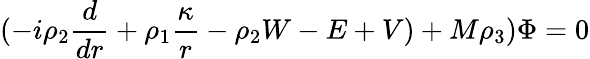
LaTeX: (-i\rho_{2}{\frac{d}{dr}}+\rho_{1}{\frac{\kappa}{r}}-\rho_{2}W-E+V)+M\rho_{3})\Phi=0